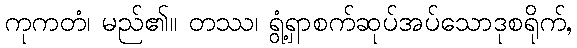
ကုကတံ၊ မည်၏။ တဿ၊ ရွံ့ရှာစက်ဆုပ်အပ်သောဒုစရိုက်,